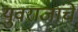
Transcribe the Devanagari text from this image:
युवराजांचे